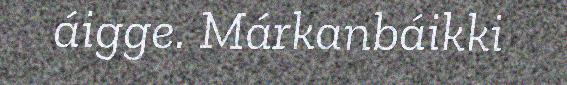
áigge. Márkanbáikki